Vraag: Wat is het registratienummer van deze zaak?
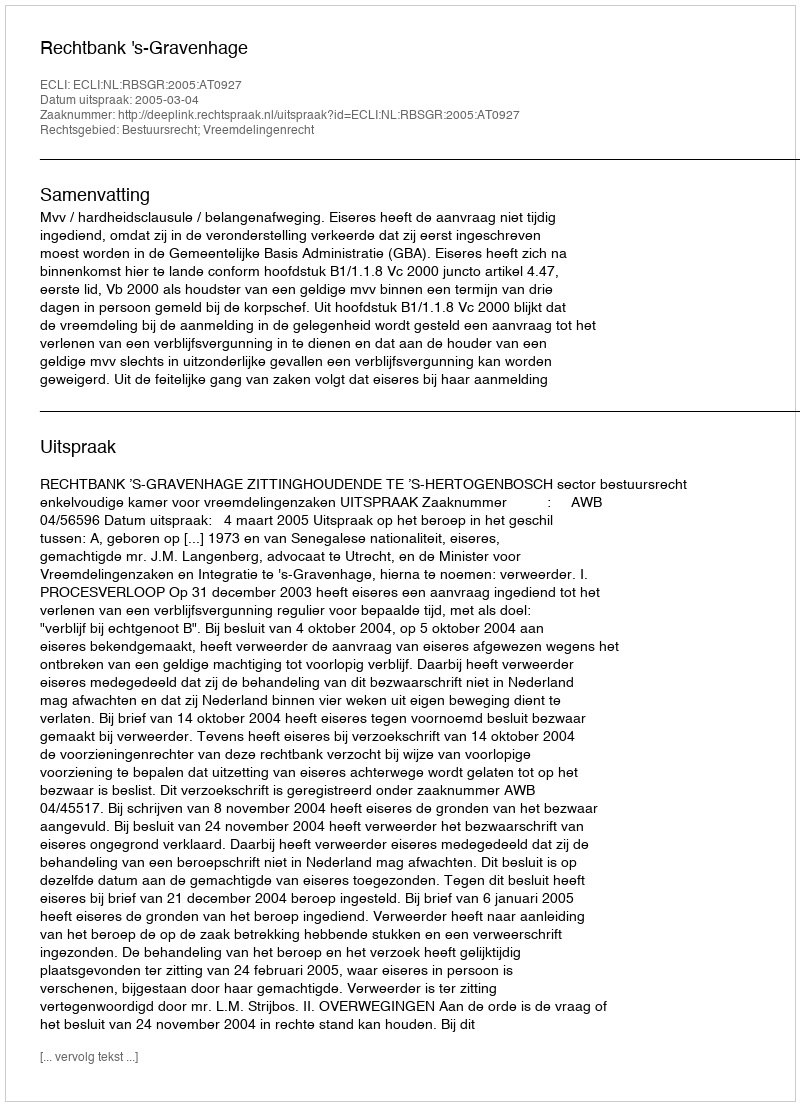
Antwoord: http://deeplink.rechtspraak.nl/uitspraak?id=ECLI:NL:RBSGR:2005:AT0927